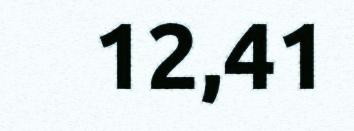
12,41